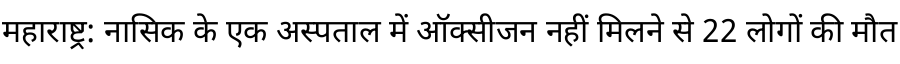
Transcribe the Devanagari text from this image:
महाराष्ट्र: नासिक के एक अस्पताल में ऑक्सीजन नहीं मिलने से 22 लोगों की मौत